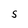
Character: S